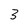
Character: 3